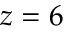
z = 6